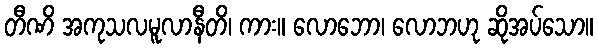
တီဏိ အကုသလမူလာနီတိ၊ ကား။ လောဘော၊ လောဘဟု ဆိုအပ်သော။